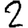
Digit: 2